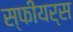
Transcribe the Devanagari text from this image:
स्फीयर्स